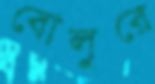
বোলুরে